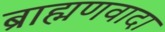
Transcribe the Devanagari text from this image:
ब्राह्मणवादा